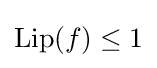
\mathrm {Lip} (f)\leq 1